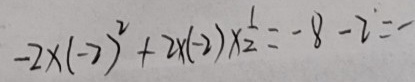
- 2 \times ( - 2 ) ^ { 2 } + 2 \times ( - 2 ) \times \frac { 1 } { 2 } = - 8 - 2 = -